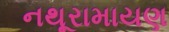
નથૂરામાયણ